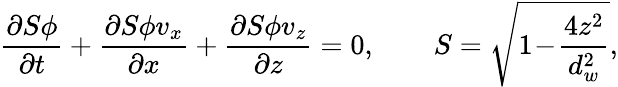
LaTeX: \frac{\partial S\phi}{\partial t}+\frac{\partial S\phi v_{x}}{\partial x}+\frac{\partial S\phi v_{z}}{\partial z}=0,\qquad S=\sqrt{1\! -\! \frac{4z^{2}}{d_{w}^{2}}},